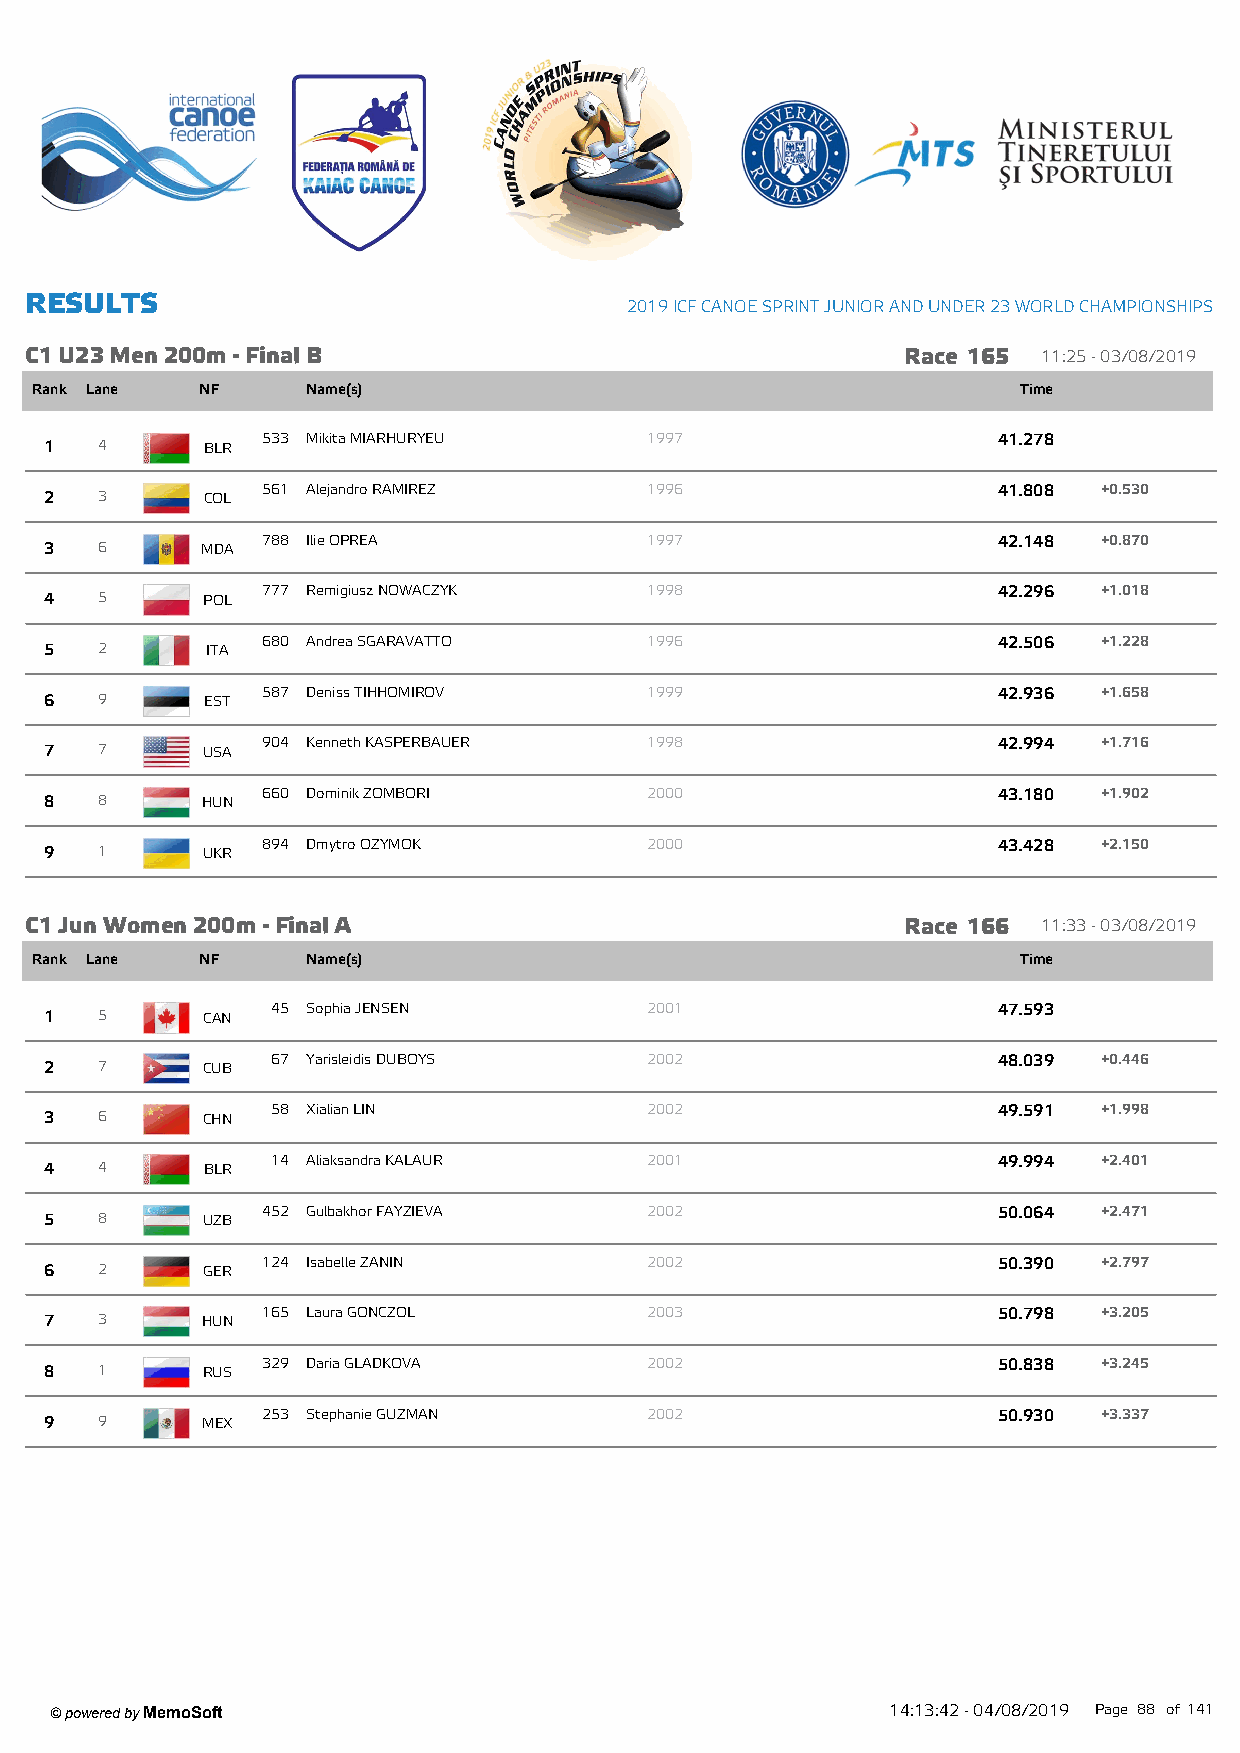
R ESU LTS
 2019 ICF CANOE SPRINT JUNIOR AND UNDER 23 W ORLD CHAMPIONSHIPS
 C1 U23 M en 200m - Final B                                Race 165 11:25 - 03/08/2019
 Rank Lane  NF     Name(s)                                         Time
 533 Mikita MIARHURYEU     1997                   41.278
 1  4      BLR
 561 Alejandro RAMIREZ     1996                   41.808 +0.530
 2  3      COL
 788 Ilie OPREA            1997                   42.148 +0.870
 3  6      MDA
 777 Remigiusz NOWACZYK    1998                   42.296 +1.018
 4  5      POL
 680 Andrea SGARAVATTO     1996                   42.506 +1.228
 5  2       ITA
 587 Deniss TIHHOMIROV     1999                   42.936 +1.658
 6  9       EST
 904 Kenneth KASPERBAUER   1998                   42.994 +1.716
 7  7      USA
 660 Dominik ZOMBORI       2000                   43.180 +1.902
 8  8      HUN
 894 Dmytro OZYMOK         2000                   43.428 +2.150
 9  1      UKR
 C1 Jun W om en 200m - Final A                             Race 166 11:33 - 03/08/2019
 Rank Lane  NF     Name(s)                                         Time
 45 Sophia JENSEN         2001                   47.593
 1  5      CAN
 67 Yarisleidis DUBOYS    2002                   48.039 +0.446
 2  7      CUB
 58 Xialian LIN           2002                   49.591 +1.998
 3  6      CHN
 14 Aliaksandra KALAUR    2001                   49.994 +2.401
 4  4      BLR
 452 Gulbakhor FAYZIEVA    2002                   50.064 +2.471
 5  8      UZB
 124 Isabelle ZANIN        2002                   50.390 +2.797
 6  2      GER
 165 Laura GONCZOL         2003                   50.798 +3.205
 7  3      HUN
 329 Daria GLADKOVA        2002                   50.838 +3.245
 8  1      RUS
 253 Stephanie GUZMAN      2002                   50.930 +3.337
 9  9      MEX
 ' powered by MemoSoft                                   14:13:42 - 04/08/2019 Page 88 of141